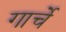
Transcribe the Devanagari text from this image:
गार्चे